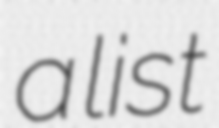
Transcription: a list